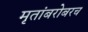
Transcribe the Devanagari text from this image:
मृतांबरोबरच